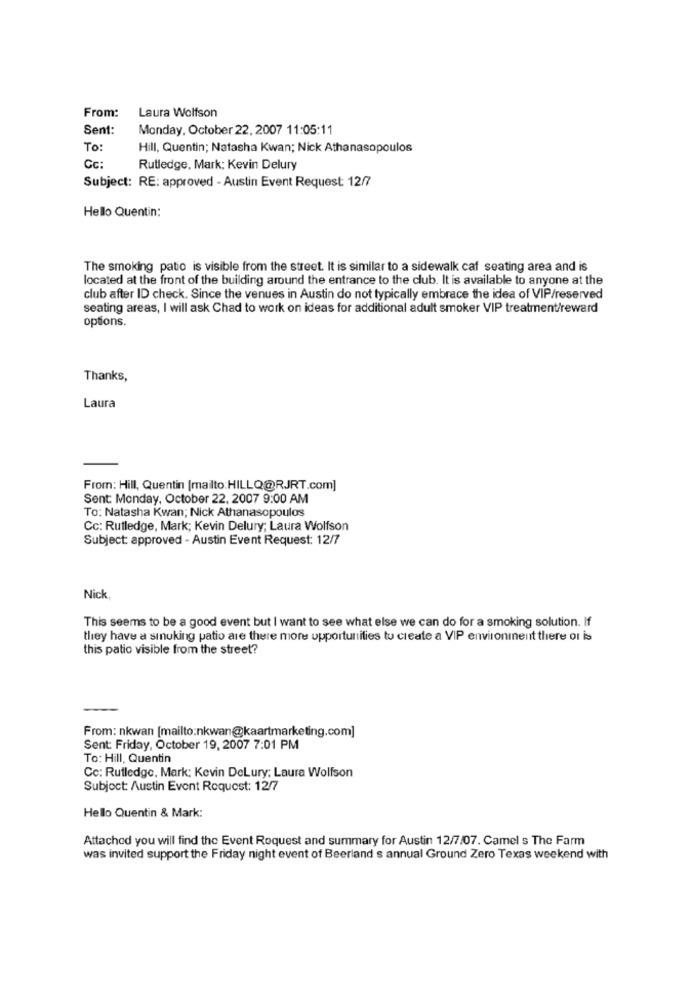
From:
Laura Wolfson
Sent:
Monday, October 22, 2007 11:05:11
To:
Hill, Quentin; Natasha Kwan; Nick Athanasopoulos
Cc:
Rutledge, Mark: Kevin Delury
Subject: RE: approved - Austin Event Request: 12/7
Hello Quentin:
The smoking patio is visible from the street. It is similar to a sidewalk caf seating area and is
located at the front of the building around the entrance to the club. It is available to anyone at the
club after ID check. Since the venues in Austin do not typically embrace the idea of VIP/reserved
seating areas, I will ask Chad to work on ideas for additional adult smoker VIP treatment/reward
options.
Thanks,
Laura
From: Hill, Quentin [mailto:HILLQ@RJRT.com]
Sent: Monday, October 22. 2007 9:00 AM
To: Natasha Kwan; Nick Athanasopoulos
Cc: Rutledge, Mark; Kevin Delury; Laura Wolfson
Subject: approved - Austin Event Request: 12/7
Nick
This seems to be a good event but I want to see what else we can do for a smoking solution. If
they have a smnuking patio are there more opportunities to create a VIP environment there of is
this patio visible from the street?
From: nkwan [mailto:nkwan@kaartmarketing.com]
Sent: Friday, October 19, 2007 7:01 PM
To: Hill, Quentin
Cc: Rutledge, Mark: Kevin DeLury: Laura Wolfson
Subject: Austin Event Request: 12/7
Hello Quentin & Mark:
Attached you will find the Event Request and summary for Austin 12/7/07. Camel s The Farm
was invited support the Friday night event of Beerland s annual Ground Zero Texas weekend with